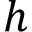
h